Vaccination returns of the Province of Eastern Bengal and Assam - 1905-1912
Year: 1905
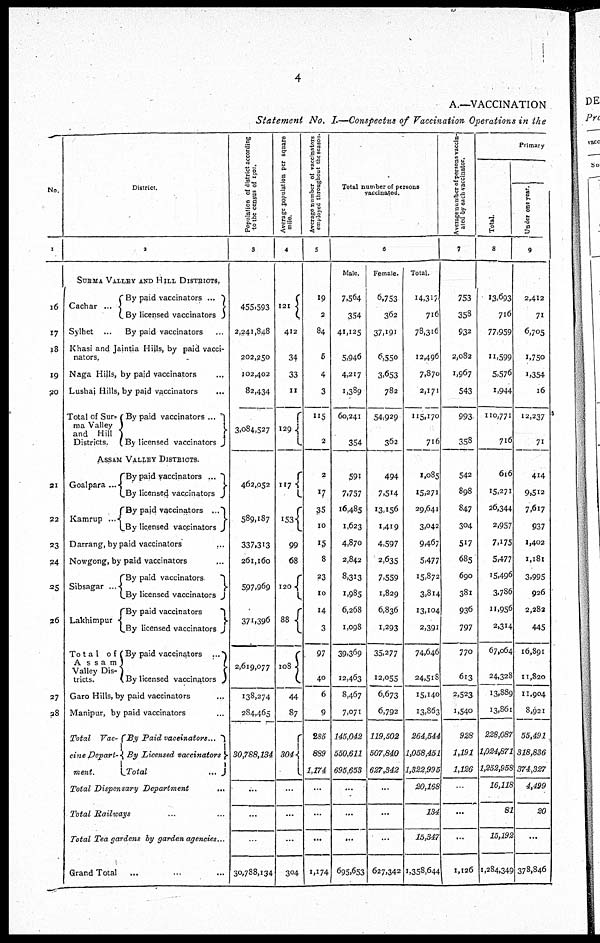
4
A.—VACCINATION
Statement No. I.—Conspectus of Vaccination Operations in the
No.
1
16
17
18
19
20
21
22
23
24
25
26
27
28
District.
2
STOMA VALLEY AND HILL DISTRICTS.
Cachar ...
Sylhet ...
By paid vaccinators ...
By licensed vaccinators
By paid vaccinators ...
Khasi and Jaintia Hills, by paid vacci-
nators.
Naga Hills, by paid vaccinators ...
Lushai Hills, by paid vaccinators ...
Total of Sur-
ma Valley
and Hill
Districts.
By paid vaccinators ...
By licensed vaccinators
ASSAM VALLEY DISTRICTS.
Goalpara ...
Kamrup ...
By paid vaccinators ...
By licensed vaccinators
By paid vaccinators ...
By licensed vaccinators
Darrang, by paid vaccinators ...
Nowgong, by paid vaccinators ...
Sibsagar ...
Lakhimpur
Total of
Assam
Valley Dis-
tricts.
By paid vaccinators
By licensed vaccinators
By paid vaccinators
By licensed vaccinators
By paid vaccinators ...
By licensed vaccinators
Garo Hills, by paid vaccinators ...
Manipur, by paid vaccinators ...
Total
Vac-
-ine Depart-
ment.
By Paid
vaccinators...
By Licensed
vaccinators
Total
...
Total Dispensary
Department
...
Total Railways ...
Total Tea gardens by garden agencies...
Grand Total ... ...
Population of district according
to the census of 1901.
3
455,593
2,241,848
202,250
102,402
82,434
3,084,527
462,052
589,187
337,313
261,160
597,969
371,396
2,619,077
138,274
284,465
30,788,134
...
...
...
30,788,134
Average population per square
mile.
4
121
412
34
33
11
129
117
153
99
68
120
88
108
44
87
304
...
...
...
304
Average number of vaccinators
employed throughout the season.
5
19
2
84
5
4
3
115
2
2
17
35
10
15
8
23
10
14
3
97
40
6
9
285
889
1,174
...
...
...
1,174
Total number of persons
vaccinated.
6
Male.
7,564
354
41,125
5,946
4,217
1,389
60,241
354
591
7,757
16,485
1,623
4,870
2,842
8,313
1,985
6,268
1,098
39,369
12,463
8,467
7,071
145,042
550,611
695,653
...
...
...
695,653
Female.
6,753
362
37,191
6,550
3,653
782
54,929
362
494
7,514
13,156
1,419
4,597
2,635
7,559
1,829
6,836
1,293
35,277
12,055
6,673
6,792
119,502
507,840
627,342
...
...
...
627,342
Total.
14,317
716
78,316
12,496
7,870
2,171
115,170
716
1,085
15,271
29,641
3,042
9,467
5,477
15,872
3,814
13,104
2,391
74,646
24,518
15,140
13,863
264,544
1,058,451
1,322,995
20,168
134
15,347
1,358,644
Average number of persons vaccin-
ated by each vaccinator.
7
753
358
932
2,082
1,967
543
993
358
542
898
847
304
517
685
690
381
936
797
770
613
2,523
1,540
928
1,191
1,126
...
...
...
1,126
Primary
Total.
8
13,693
716
77,959
11,599
5,576
1,944
110,771
716
616
15,271
26,344
2,957
7,175
5,477
15,496
3,786
11,956
2,314
67,064
24,328
13,889
13,861
228,087
1,024,871
1,252,958
16,118
81
15,192
1,284,349
Under one year.
9
2,412
71
6,705
1,750
1,354
16
12,237
71
414
9,512
7,617
937
1,402
1,181
3,995
926
2,282
445
16,891
11,820
11,904
8,921
55,491
318,836
374,327
4,499
20
...
378,846